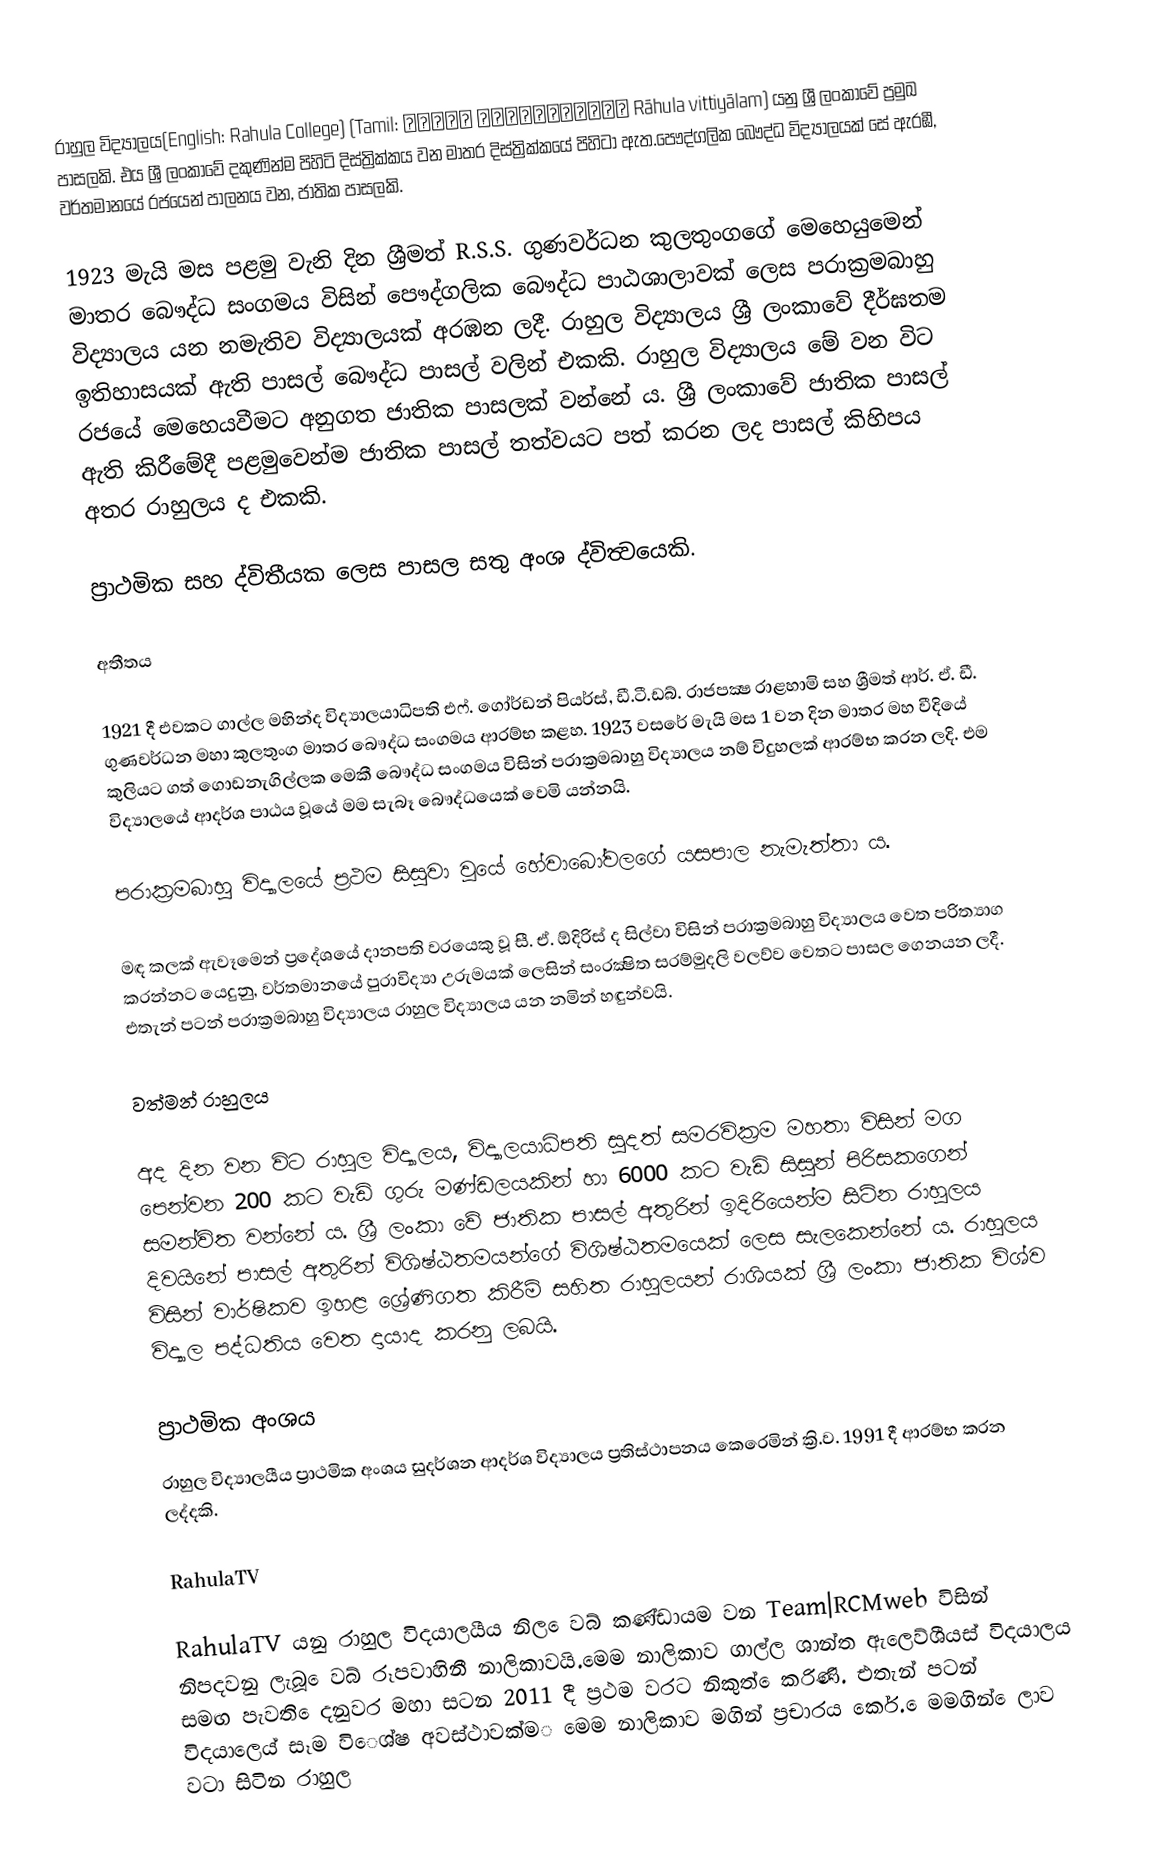
රාහුල විද්‍යාලය(English: Rahula College) (Tamil: ராஹுல வித்தியாலம் Rāhula vittiyālam) යනු ශ්‍රී ලංකාවේ ප්‍රමුඛ පාසලකි. එය ශ්‍රී ලංකාවේ දකුණින්ම පිහිටි දිස්ත්‍රික්කය වන  මාතර දිස්ත්‍රික්කයේ පිහිටා ඇත.පෞද්ගලික බෞද්ධ විද්‍යාලයක් සේ ඇරඹී, වර්තමානයේ රජයෙන් පාලනය වන, ජාතික පාසලකි.

1923 මැයි මස පළමු වැනි දින ශ්‍රීමත් R.S.S. ගුණවර්ධන කුලතුංගගේ මෙහෙයුමෙන් මාතර බෞද්ධ සංගමය විසින් පෞද්ගලික බෞද්ධ පාඨශාලාවක් ලෙස පරාක්‍රමබාහු විද්‍යාලය යන නමැතිව විද්‍යාලයක් අරඹන ලදී. රාහුල විද්‍යාලය ශ්‍රී ලංකාවේ දීර්ඝතම ඉතිහාසයක් ඇති පාසල් බෞද්ධ පාසල් වලින් එකකි. රාහුල විද්‍යාලය මේ වන විට රජයේ මෙහෙයවීමට අනුගත ජාතික පාසලක් වන්නේ ය. ශ්‍රී ලංකාවේ ජාතික පාසල් ඇති කිරීමේදී පළමුවෙන්ම ජාතික පාසල් තත්වයට පත් කරන ලද පාසල් කිහිපය අතර රාහුලය ද එකකි.

ප්‍රාථමික සහ ද්විතීයක ලෙස පාසල සතු අංශ ද්විත්‍වයෙකි.

අතීතය

1921 දී  එවකට ගාල්ල  මහින්ද විද්‍යාලයාධිපති එෆ්. ගෝර්ඩන් පියර්ස්,  ඩී.ටී.ඩබ්. රාජපක්‍ෂ රාළහාමි සහ ශ්‍රීමත් ආර්. ඒ. ඩී. ගුණවර්ධන මහා කුලතුංග මාතර බෞද්ධ සංගමය ආරම්භ කළහ​. 1923 වසරේ මැයි මස 1 වන දින මාතර මහ වීදියේ කුලියට ගත් ගොඩනැගිල්ලක මෙකී බෞද්ධ සංගමය විසින් පරාක්‍රමබාහු විද්‍යාලය නම් විදුහලක් ආරම්භ කරන ලදි. එම විද්‍යාලයේ ආදර්ශ පාඨය වූයේ මම සැබෑ බෞද්ධයෙක් වෙමි යන්නයි.

පරාක්‍රමබාහු විද්‍යාලයේ ප්‍රථම සිසුවා වූයේ හේවාබෝවලගේ යසපාල නැමැත්තා ය.

මඳ​ කලක් ඇවෑමෙන් ප්‍රදේශයේ දානපති වරයෙකු වූ සී. ඒ. ඕදිරිස් ද සිල්වා විසින් පරාක්‍රමබාහු විද්‍යාලය වෙත පරිත්‍යාග කරන්නට යෙදුනු, වර්තමානයේ පුරාවිද්‍යා උරුමයක් ලෙසින් සංරක්‍ෂිත සරම්මුදලි වලව්ව වෙතට​ පාසල ගෙනයන ලදී. එතැන් පටන් පරාක්‍රමබාහු විද්‍යාලය රාහුල විද්‍යාලය යන නමින් හඳුන්වයි.

වත්මන් රාහුලය

අද දින වන විට රාහුල විද්‍යාලය, විද්‍යාලයාධිපති සුදත් සමරවික්‍රම මහතා විසින් මග පෙන්වන 200 කට වැඩි ගුරු මණ්ඩලයකින් හා 6000 කට වැඩි සිසුන් පිරිසකගෙන් සමන්විත වන්නේ ය​. ශ්‍රී ලංකා වේ ජාතික පාසල් අතුරින් ඉදිරියෙන්ම සිටින රාහුලය දිවයිනේ පාසල් අතුරින් විශිෂ්ඨතමයන්ගේ විශිෂ්ඨතමයෙක් ලෙස සැලකෙන්නේ ය. රාහුලය විසින් වාර්ෂිකව ඉහළ ශ්‍රේණිගත කිරීම් සහිත රාහුලයන් රාශියක් ශ්‍රී ලංකා ජාතික විශ්ව විද්‍යාල පද්ධතිය වෙත දායාද කරනු ලබයි.

ප්‍රාථමික අංශය
රාහුල විද්‍යාලයීය ප්‍රාථමික අංශය සුදර්ශන ආදර්ශ විද්‍යාලය ප්‍රතිස්ථාපනය කෙරෙමින් ක්‍රි.ව. 1991 දී ආරම්භ කරන ලද්දකි.

RahulaTV

RahulaTV යනු රාහුල විදයාලයීය නිල ෙවබ් කණ්ඩායම වන Team|RCMweb විසින් නිපදවනු ලැබූ ෙවබ් රූපවාහිනී නාලිකාවයි.‌මෙම නාලිකාව ගාල්ල ශාන්ත ඇලෙව්ශීයස් විදයාලය සමඟ පැවති ෙදනුවර මහා සටන 2011 දී ප්‍රථම වරට නිකුත් ෙකරිණි. එතැන් පටන් විදයාලෙය් සෑම විෙශ්ෂ අවස්ථාවක්ම‌‌ මෙම නාලිකාව මගින් ප්‍රචාරය කෙර්. ෙමමගින් ෙලාව වටා සිටින රාහුල